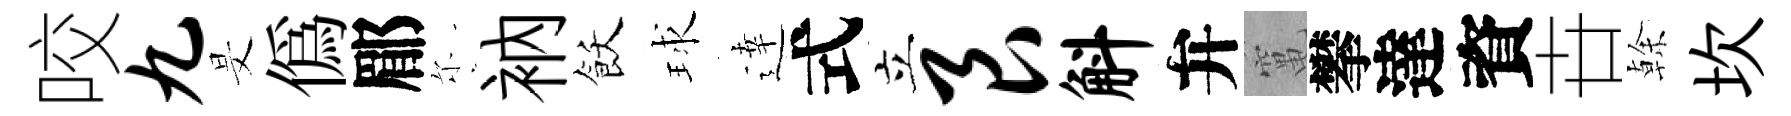
咬九旻偽郿尓衲飫球逹式立艮斛弁𥧄攀達資卋𠏉坎